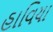
હાવિયા